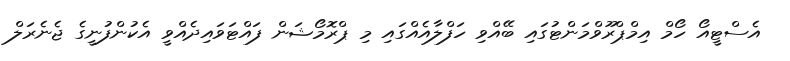
އެސްޓީއޯ ހޯމް އިމްޕްރޫވްމަންޓުގައި ބޭއްވި ހަފްލާއެއްގައި މި ޕްރޮމޯޝަން ފައްޓަވައިދެއްވީ އެކުންފުނީގެ ޖެނެރަލް